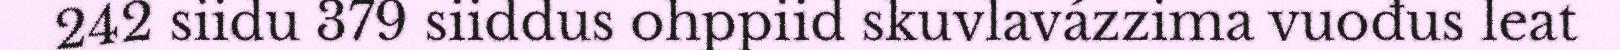
242 siidu 379 siiddus ohppiid skuvlavázzima vuođus leat